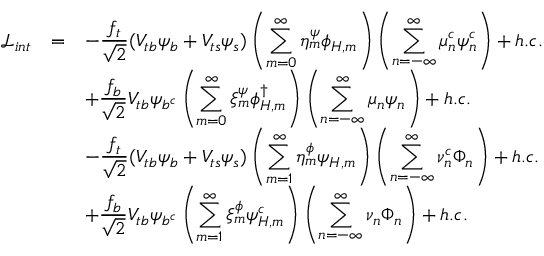
\begin{array} { r c l } { { \mathcal { L } _ { i n t } } } & { { = } } & { { \displaystyle - \frac { f _ { t } } { \sqrt { 2 } } ( V _ { t b } \psi _ { b } + V _ { t s } \psi _ { s } ) \left( \displaystyle \sum _ { m = 0 } ^ { \infty } \eta _ { m } ^ { \psi } \phi _ { H , m } \right) \left( \displaystyle \sum _ { n = - \infty } ^ { \infty } \mu _ { n } ^ { c } \psi _ { n } ^ { c } \right) + h . c . } } \\ { { } } & { { } } & { { \displaystyle + \frac { f _ { b } } { \sqrt { 2 } } V _ { t b } \psi _ { b ^ { c } } \left( \displaystyle \sum _ { m = 0 } ^ { \infty } \xi _ { m } ^ { \psi } \phi _ { H , m } ^ { \dagger } \right) \left( \displaystyle \sum _ { n = - \infty } ^ { \infty } \mu _ { n } \psi _ { n } \right) + h . c . } } \\ { { } } & { { } } & { { \displaystyle - \frac { f _ { t } } { \sqrt { 2 } } ( V _ { t b } \psi _ { b } + V _ { t s } \psi _ { s } ) \left( \displaystyle \sum _ { m = 1 } ^ { \infty } \eta _ { m } ^ { \phi } \psi _ { H , m } \right) \left( \displaystyle \sum _ { n = - \infty } ^ { \infty } \nu _ { n } ^ { c } \Phi _ { n } \right) + h . c . } } \\ { { } } & { { } } & { { \displaystyle + \frac { f _ { b } } { \sqrt { 2 } } V _ { t b } \psi _ { b ^ { c } } \left( \displaystyle \sum _ { m = 1 } ^ { \infty } \xi _ { m } ^ { \phi } \psi _ { H , m } ^ { c } \right) \left( \displaystyle \sum _ { n = - \infty } ^ { \infty } \nu _ { n } \Phi _ { n } \right) + h . c . } } \end{array}